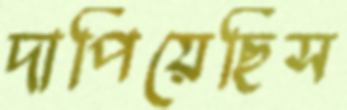
দাপিয়েছিস